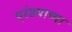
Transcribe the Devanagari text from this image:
एरंडयाच्या